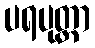
ပရပုတ္တာ